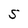
Character: S